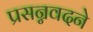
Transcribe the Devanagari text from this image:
प्रसन्नवदने